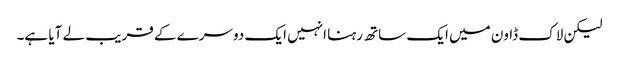
لیکن لاک ڈاون میں ایک ساتھ رہنا انہیں ایک دوسرے کے قریب لے آیا ہے۔